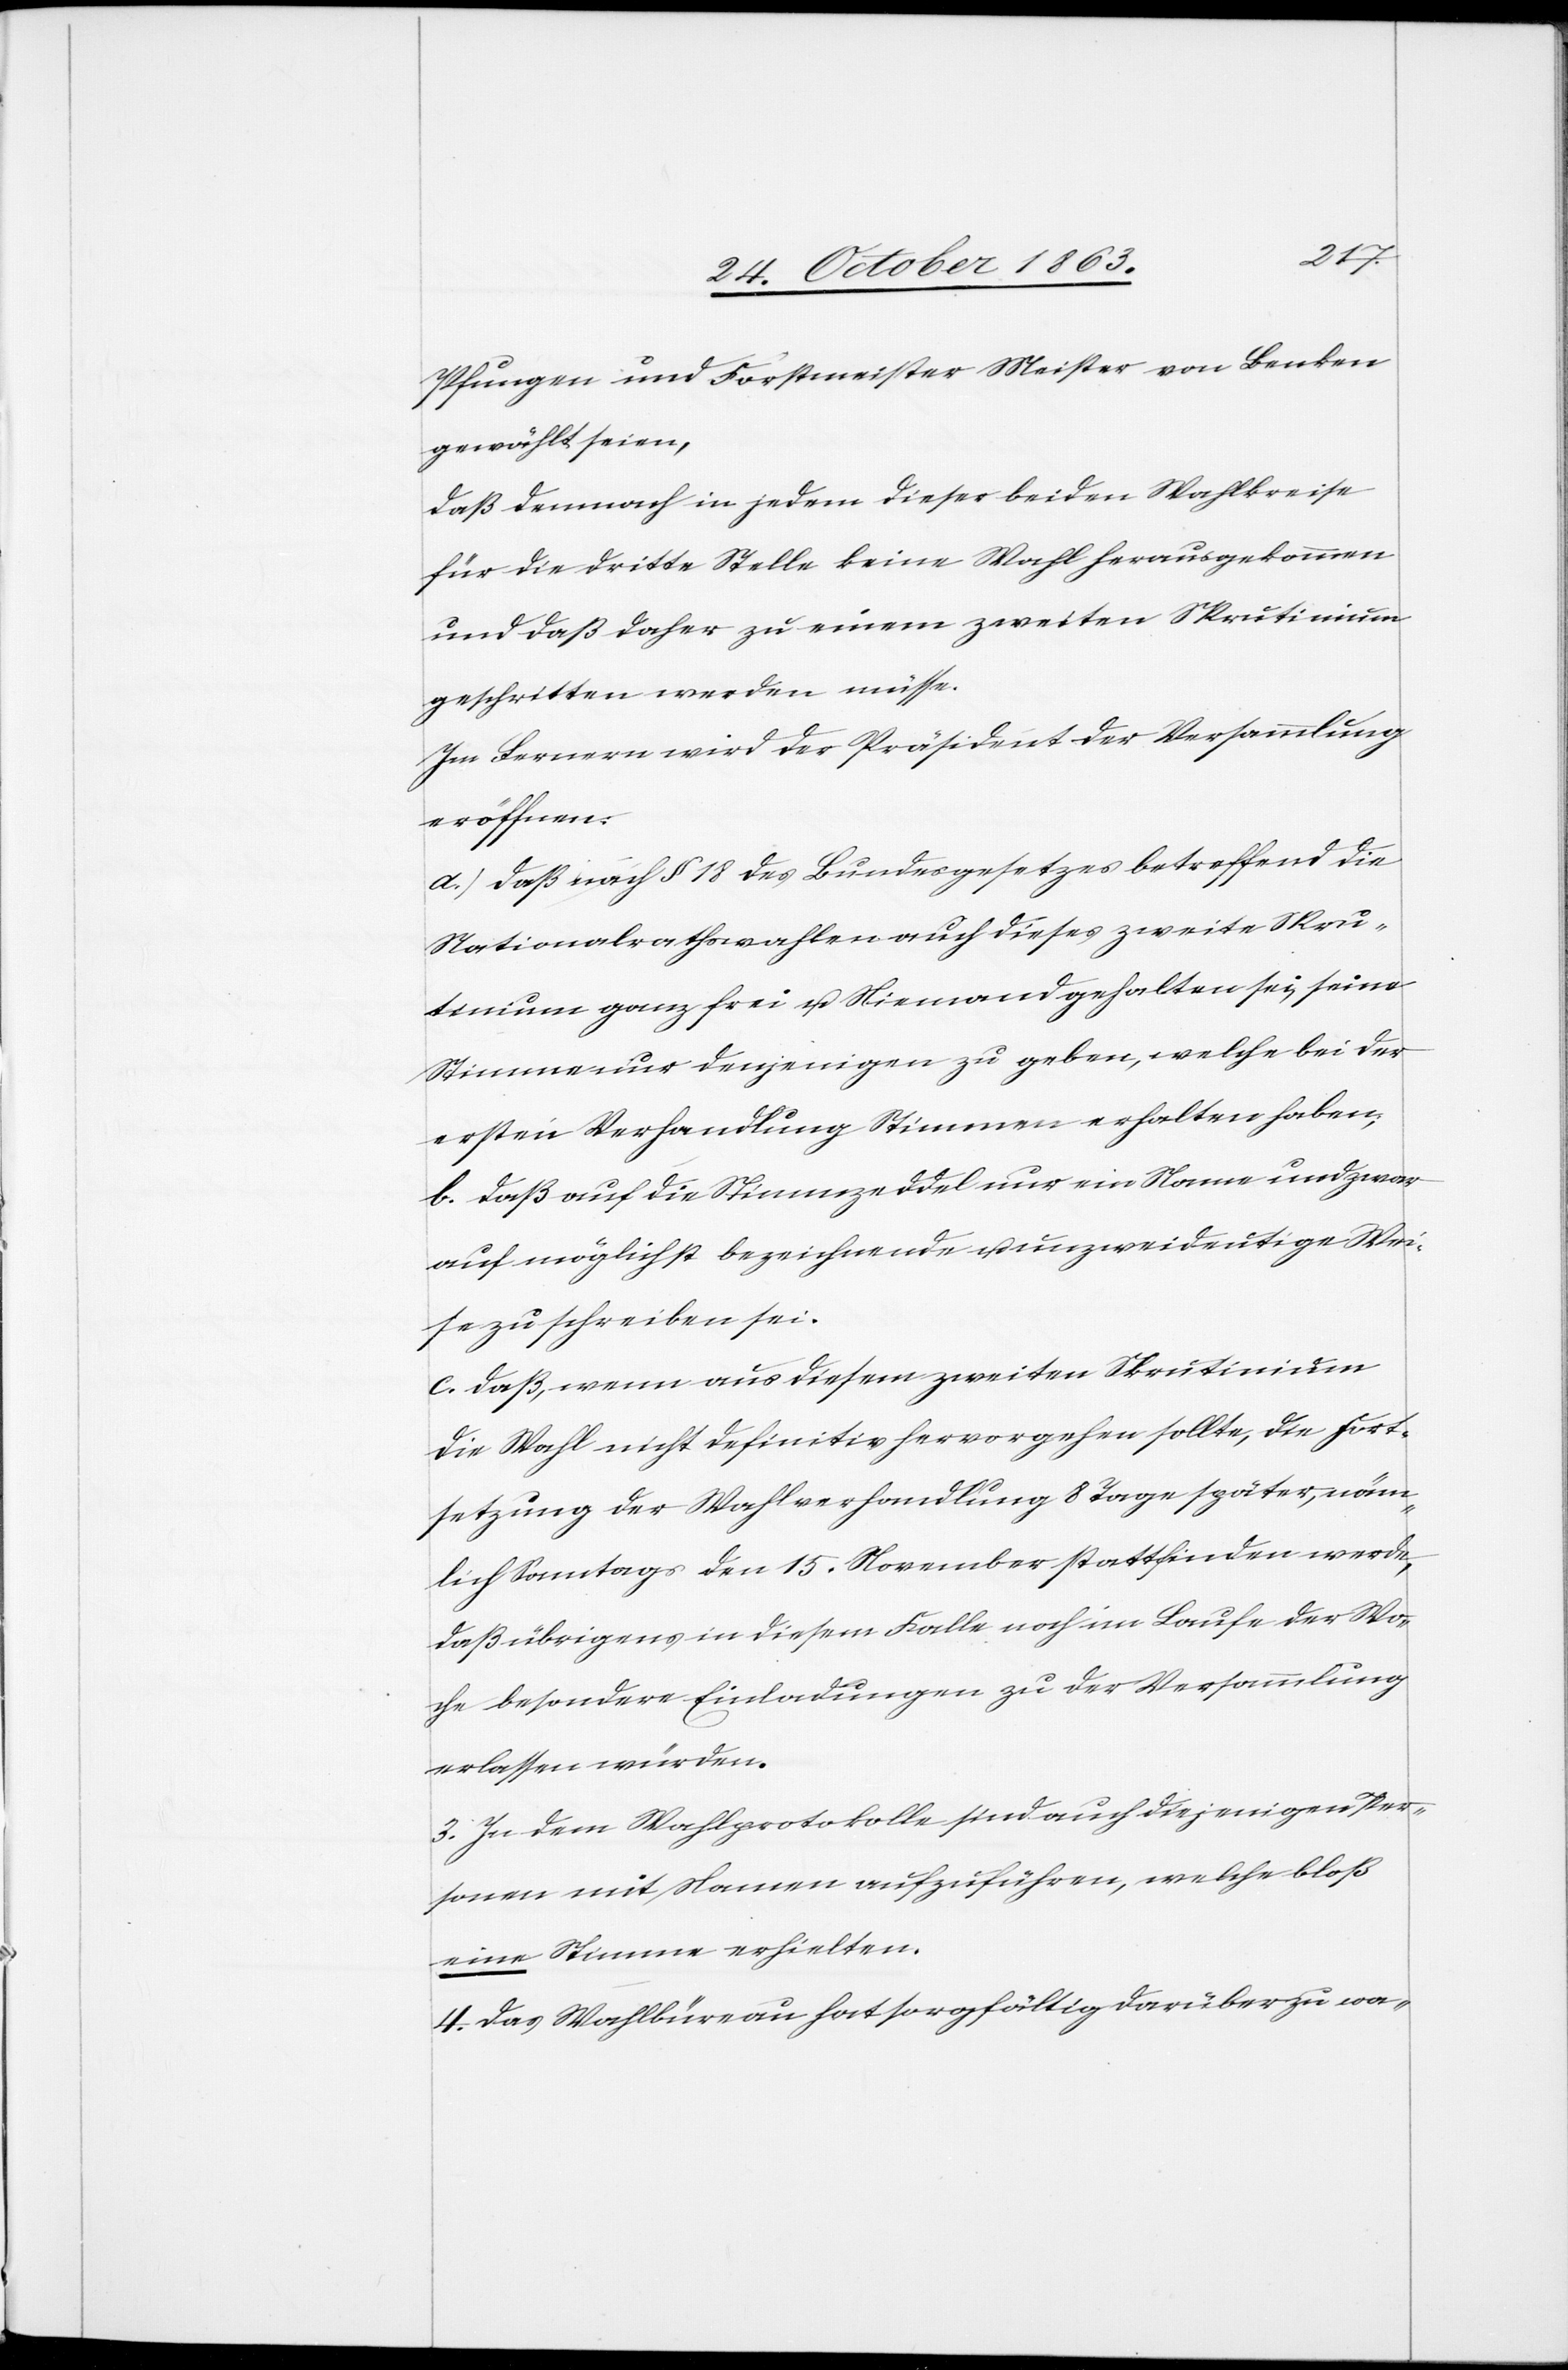
Pfungen und Forstmeister Meister von Benken
gewählt seien,
daß demnach in jedem dieser beiden Wahlkreise
für die dritte Stelle keine Wahl herausgekommen
und daß daher zu einem zweiten Skrutinium
geschritten werden müsse.
Im Fernern wird der Präsident der Versammlung
eröffnen:
a. daß nach § 18 des Bundesgesetzes betreffend die
Nationalrathswahlen auch dieses zweite Skru¬
tinium ganz frei u. Niemand gehalten sei, seine
Stimme nur denjenigen zu geben, welche bei der
ersten Verhandlung Stimmen erhalten haben;
b. daß auf die Stimmzeddel nur ein Name und zwar
auf möglichst bezeichnende u. unzweideutige Wei¬
se zu schreiben sei.
c. daß, wenn aus diesem zweiten Skrutinium
die Wahl nicht definitiv hervorgehen sollte, die Fort¬
setzung der Wahlverhandlung 8 Tage später, näm¬
lich Sonntags den 15. November stattfinden werde,
daß übrigens in diesem Falle noch im Laufe der Wo¬
che besondere Einladungen zu der Versammlung
erlassen würden.
3. In dem Wahlprotokolle sind auch diejenigen Per¬
sonen mit Namen aufzuführen, welche bloß
eine Stimme erhielten.
4. Das Wahlbüreau hat sorgfältig darüber zu wa-